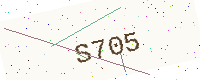
Text: S705